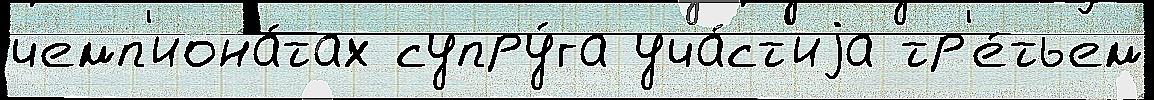
чемп'иона́тах супру́га уча́ст'иjа тр'е́тьем